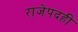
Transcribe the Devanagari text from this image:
राजेपदही